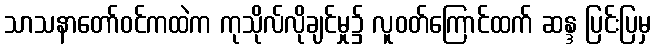
သာသနာတော်ဝင်ကထဲက ကုသိုလ်လိုချင်မှု၌ လူဝတ်ကြောင်ထက် ဆန္ဒ ပြင်းပြမှ